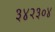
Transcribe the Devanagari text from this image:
३४२३०४